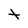
Character: t